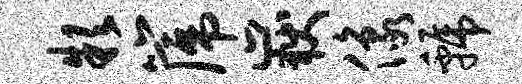
款篪岳像虢